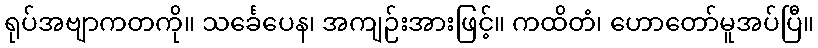
ရုပ်အဗျာကတကို။ သင်္ခေပေန၊ အကျဉ်းအားဖြင့်။ ကထိတံ၊ ဟောတော်မူအပ်ပြီ။